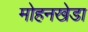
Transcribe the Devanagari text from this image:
मोहनखेडा